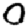
Digit: 0